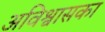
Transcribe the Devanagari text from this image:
अविश्वासका